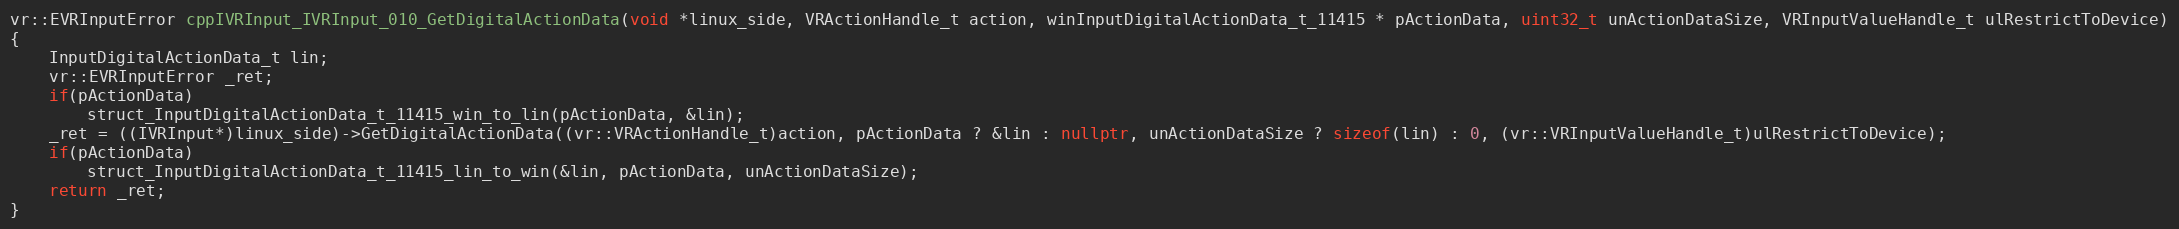
Language: C++
vr::EVRInputError cppIVRInput_IVRInput_010_GetDigitalActionData(void *linux_side, VRActionHandle_t action, winInputDigitalActionData_t_11415 * pActionData, uint32_t unActionDataSize, VRInputValueHandle_t ulRestrictToDevice)
{
    InputDigitalActionData_t lin;
    vr::EVRInputError _ret;
    if(pActionData)
        struct_InputDigitalActionData_t_11415_win_to_lin(pActionData, &lin);
    _ret = ((IVRInput*)linux_side)->GetDigitalActionData((vr::VRActionHandle_t)action, pActionData ? &lin : nullptr, unActionDataSize ? sizeof(lin) : 0, (vr::VRInputValueHandle_t)ulRestrictToDevice);
    if(pActionData)
        struct_InputDigitalActionData_t_11415_lin_to_win(&lin, pActionData, unActionDataSize);
    return _ret;
}